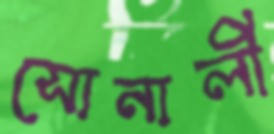
সোনালী